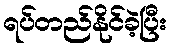
ရပ်တည်နိုင်ခဲ့ပြီး